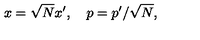
x = \sqrt { N } x ^ { \prime } , \quad p = p ^ { \prime } / \sqrt { N } ,